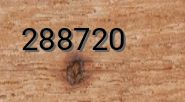
288720